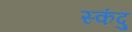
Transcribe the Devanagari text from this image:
स्कंदु